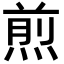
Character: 煎